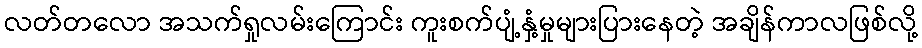
လတ်တလော အသက်ရှုလမ်းကြောင်း ကူးစက်ပျံ့နှံ့မှုများပြားနေတဲ့ အချိန်ကာလဖြစ်လို့